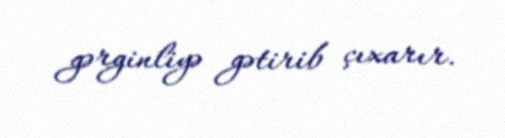
gərginliyə gətirib çıxarır.